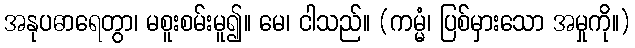
အနုပဓာရေတွာ၊ မစူးစမ်းမူ၍။ မေ၊ ငါသည်။ (ကမ္မံ၊ ပြစ်မှားသော အမှုကို။)